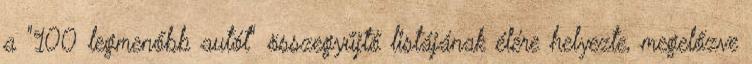
a "100 legmenőbb autót" összegyűjtő listájának élére helyezte, megelőzve